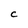
Character: C